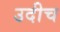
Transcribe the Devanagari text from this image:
उदीच